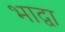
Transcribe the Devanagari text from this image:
भाद्वा